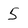
Character: 5